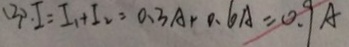
( 3 ) . I = I _ { 1 } + I _ { 2 } = 0 . 3 A + 0 . 6 A = 0 . 9 A